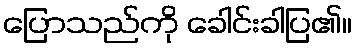
ပြောသည်ကို ခေါင်းခါပြ၏။